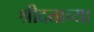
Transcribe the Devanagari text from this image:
श्रीदत्ताच्या